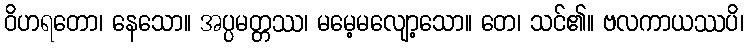
ဝိဟရတော၊ နေသော။ အပ္ပမတ္တဿ၊ မမေ့မလျော့သော။ တေ၊ သင်၏။ ဗလကာယဿပိ၊